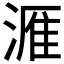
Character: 𪶫